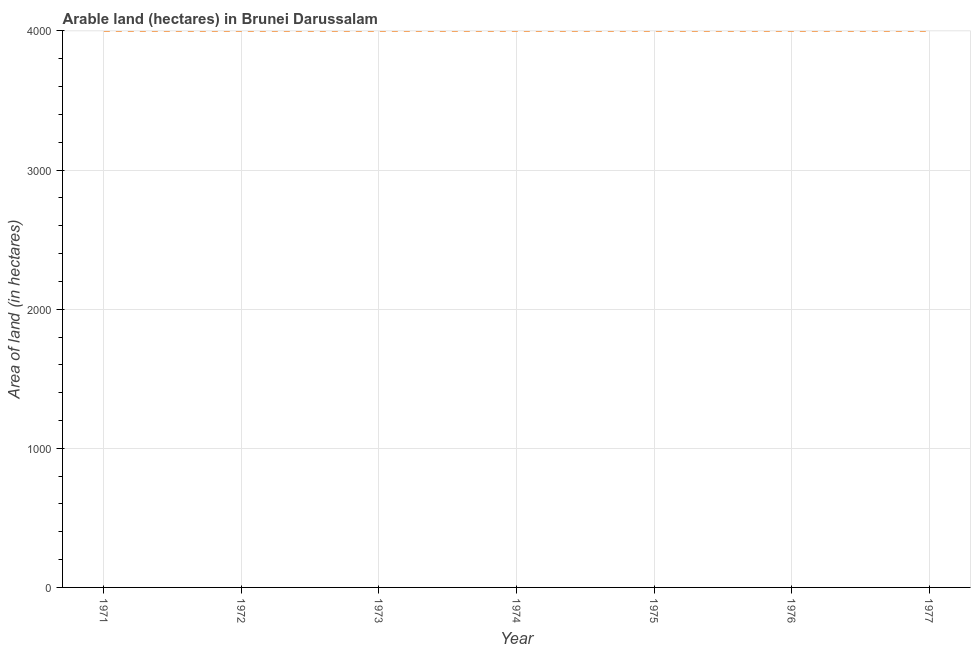
| Year | Area of land |
 | --- | --- |
 | 1971 | 4e+03 |
 | 1972 | 4e+03 |
 | 1973 | 4e+03 |
 | 1974 | 4e+03 |
 | 1975 | 4e+03 |
 | 1976 | 4e+03 |
 | 1977 | 4e+03 |